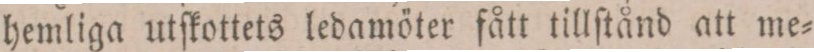
hemliga utſkottets ledamöter fått tillſtånd att me=